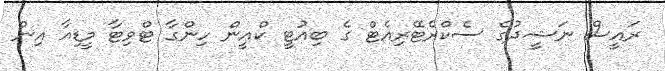
ރައީސް ނަޝީދުގެ ސެކްރެޓޭރިއެޓް ގެ ބިއުޓީ ކްއީން ހިންގާ ޓްވިޓާ މީޑިއާ އިން